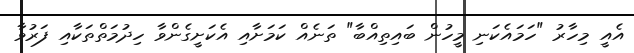
އެއީ މިހާރު "ހަމައެކަނި މީހުން ބައިތިއްބާ" ތަނެއް ކަމަށާއި އެކަށީގެންވާ ހިދުމަތްތަކާއި ފަރުވާ